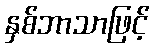
နှစ်ဘာသာဖြင့်